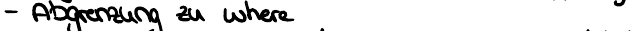
- Abgrenzung zu where